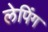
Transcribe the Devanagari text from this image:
लेपिंग